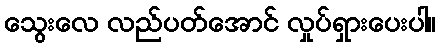
သွေးလေ လည်ပတ်အောင် လှုပ်ရှားပေးပါ။